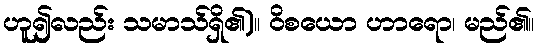
ဟူ၍လည်း သမာသ်ရှိ၏)။ ဝိစယော ဟာရော၊ မည်၏။